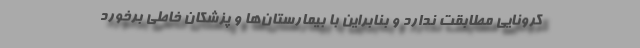
کرونایی مطابقت ندارد و بنابراین با بیمارستان‌ها و پزشکان خاطی برخورد